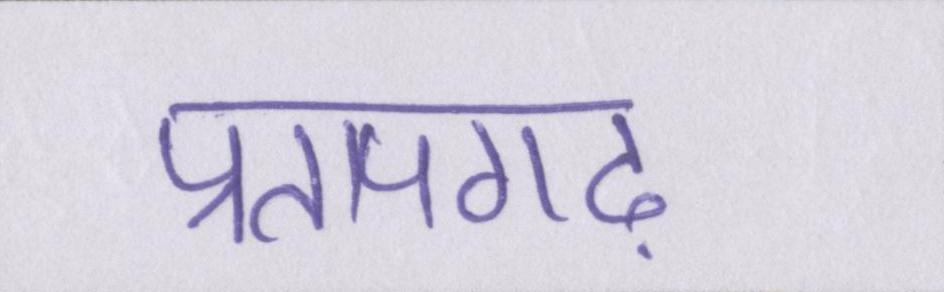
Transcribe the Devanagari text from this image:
प्रतापगढ़